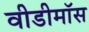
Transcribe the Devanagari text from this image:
वीडीमॉस